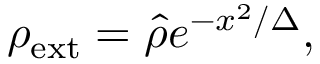
\rho _ { \mathrm { e x t } } = \hat { \rho } e ^ { - x ^ { 2 } / \Delta } ,